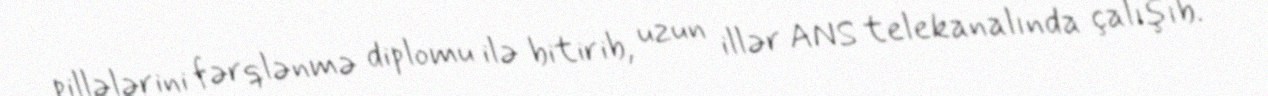
pillələrini fərqlənmə diplomu ilə bitirib, uzun illər ANS telekanalında çalışıb.